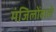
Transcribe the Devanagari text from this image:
मंजिलोंवाले